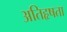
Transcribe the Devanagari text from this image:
अतिहृषता